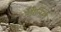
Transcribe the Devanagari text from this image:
औरेलिओ